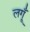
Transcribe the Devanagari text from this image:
लगूँ